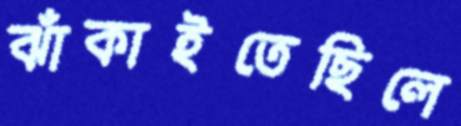
ঝাঁকাইতেছিলে